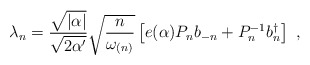
\begin{align*}\lambda_{n}= \frac{\sqrt{|\alpha|}}{\sqrt{2 \alpha'}} \sqrt{\frac{n}{\omega_{(n)}}} \left[e(\alpha) P_n b_{-n} + P^{-1}_n b_n^\dagger \right]~,\end{align*}